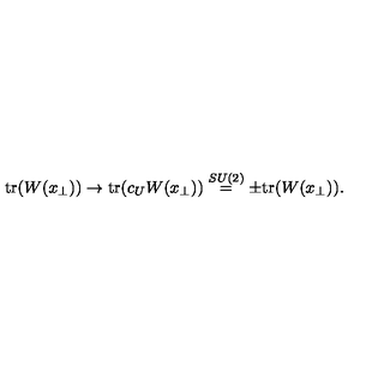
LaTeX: \mathrm { t r } ( W ( x _ { \perp } ) ) \rightarrow \mathrm { t r } ( c _ { U } W ( x _ { \perp } ) ) \stackrel { S U ( 2 ) } { = } \pm \mathrm { t r } ( W ( x _ { \perp } ) ) .